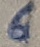
Text: 6